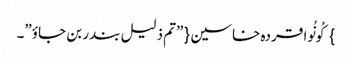
} کُونُوا قردہ خاسین{ ”تم ذلیل بندر بن جاوٴ”۔